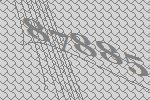
87885